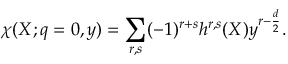
\chi ( X ; q = 0 , y ) = \sum _ { r , s } ( - 1 ) ^ { r + s } h ^ { r , s } ( X ) y ^ { r - \frac d 2 } .